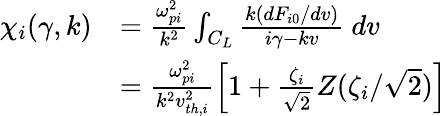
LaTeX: \begin{array}{rl}{\chi_{i}(\gamma,k)}&{=\frac{\omega_{pi}^{2}}{k^{2}}\int_{C_{L}}\frac{k(dF_{i0}/dv)}{i\gamma-kv}\ dv}\\ &{=\frac{\omega_{pi}^{2}}{k^{2}v_{th,i}^{2}}\left[1+\frac{\zeta_{i}}{\sqrt{2}}Z(\zeta_{i}/\sqrt{2})\right]}\end{array}